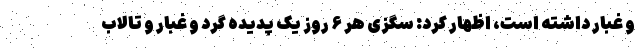
و غبار داشته است، اظهار کرد: سگزی هر ۶ روز یک پدیده گرد و غبار و تالاب